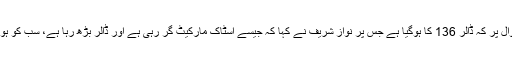
صحافی کی جانب سے سوال پر کہ ڈالر 136 کا ہوگیا ہے جس پر نواز شریف نے کہا کہ جیسے اسٹاک مارکیٹ گر رہی ہے اور ڈالر بڑھ رہا ہے، سب کو ہوش کے ناخن لینے چاہئیں۔